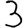
Digit: 3